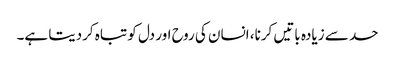
حد سے زیادہ باتیں کرنا، انسان کی روح اور دل کو تباہ کردیتا ہے۔